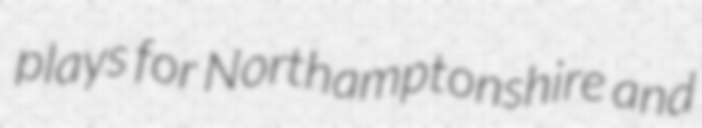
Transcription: plays for Northamptonshire and